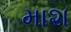
માશ